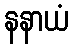
နနာယံ